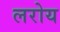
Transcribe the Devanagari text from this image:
लरोय